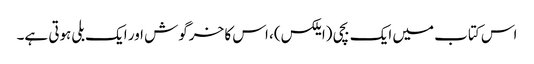
اس کتاب میں ایک بچی (ایلکس)، اس کا خرگوش اور ایک بلی ہوتی ہے۔